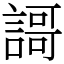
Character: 謌